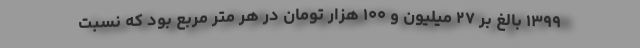
۱۳۹۹ بالغ بر ۲۷ میلیون و ۱۰۰ هزار تومان در هر متر مربع بود که نسبت